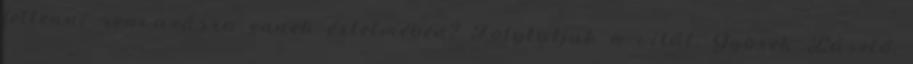
feltenni szavazásra ennek értelmében? Folytatjuk a vitát. Györek László: